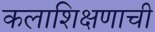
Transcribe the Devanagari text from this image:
कलाशिक्षणाची